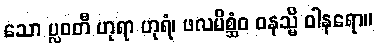
သော ပ္လဝတီ ဟုရာ ဟုရံ၊ ဖလမိစ္ဆံဝ ဝနသ္မိ ဝါနရော။